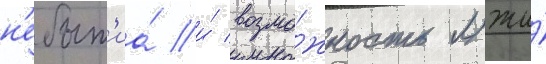
н'ебыт'иа́ и́ возмо́жность лжи́